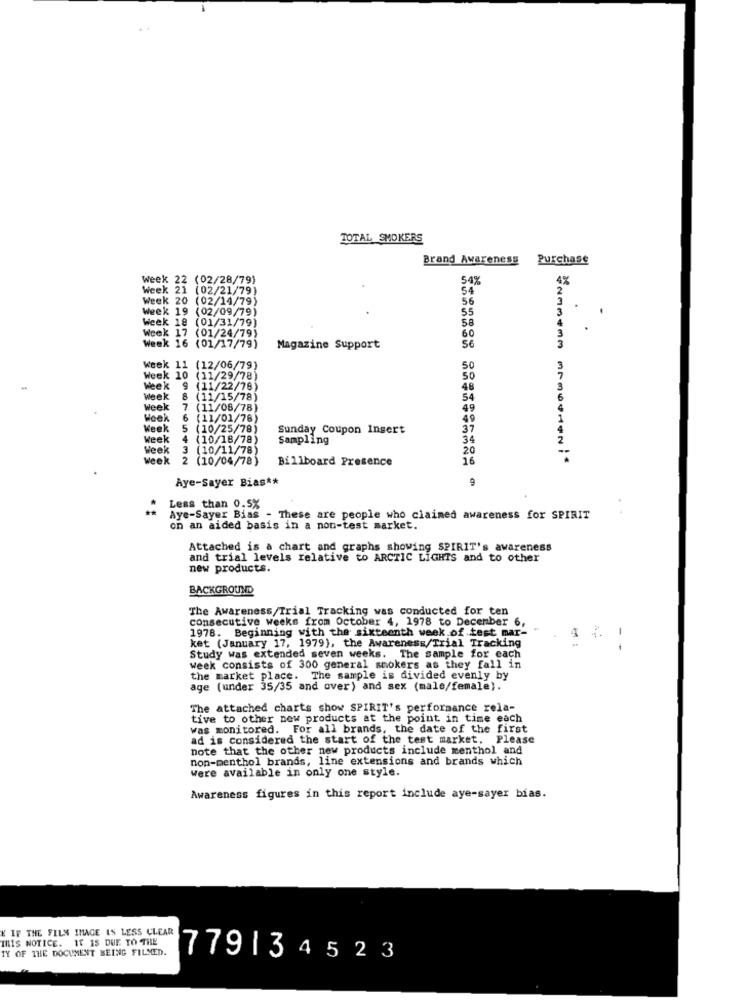
TOTAL SMOKERS
Brand Awareness
Purchase
week 22 (02/28/79)
54%
Week 21 (02/21/79)
54
Week 20 (02/14/79)
56
week 19 (02/09/79)
55
58
Week 18 (01/31/79)
Week 17 (01/24/79)
60
Week 16 (01/17/79)
Magazine Support
56
4233433
Week 11 (12/06/79)
50
Week 10 (11/29/78)
50
week 9 (11/22/78)
48
8 (11/15/78)
54
Week 7 (11/08/78)
49
Week 6 (11/01/78)
49
Week 5 (10/25/78)
Sunday Coupon Insert
37
Week
(10/18/78)
Sampling
34
Week
3 (10/11/78)
20
Week
(10/04/78)
Billboard Presence
16
Aye-Sayer Bias **
Less than 0.5%
Aye-Sayer Bias - These are people who claimed awareness for SPIRIT
on an aided basis in a non-test market.
Attached is a chart and graphs showing SPIRIT's awareness
and trial levels relative to ARCTIC LIGHTS and to other
new products.
BACKGROUND
The Awareness/Trial Tracking was conducted for ten
consecutive weeks from October 4, 1978 to December 6,
1978. Beginning with the sixteenth week of test mar-
1
4
ket (January 17, 1979), the Awareness/Trial Tracking
Study was extended seven weeks. The sample for each
Week consists of 300 general smokers as they fall in
the market place. The sample is divided evenly by
age (under 35/35 and over) and sex (male/female).
The attached charts show SPIRIT's performance rela-
tive to other new products at the point in time each
was monitored. For all brands, the date of the first
ad is considered the start of the test market. Please
note that the other new products include menthol and
non-menthol brands, line extensions and brands which
Were available in only one style.
Awareness figures in this report include aye-sayer bias.
K IF THE FILM IMAGE IS LESS CLEAR
THIS NOTICE. IT IS DUE TO THE
TY OF THE DOCUMENT BEING FILMED.
779134523